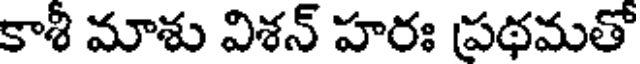
కాశీ మాశు విశన్ హరః ప్రథమతో